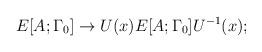
LaTeX: \begin{align*}E[A;\Gamma_{0}]\rightarrow U(x) E[A;\Gamma_{0}] U^{-1}(x);\end{align*}